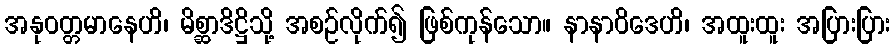
အနုဝတ္တမာနေဟိ၊ မိစ္ဆာဒိဋ္ဌိသို့ အစဉ်လိုက်၍ ဖြစ်ကုန်သော။ နာနာဝိဒေဟိ၊ အထူးထူး အပြားပြား